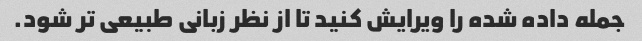
جمله داده شده را ویرایش کنید تا از نظر زبانی طبیعی تر شود.